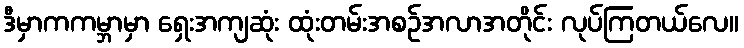
ဒီမှာကကမ္ဘာမှာ ရှေးအကျဆုံး ထုံးတမ်းအစဉ်အလာအတိုင်း လုပ်ကြတယ်လေ။